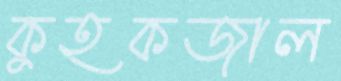
কুহকজাল